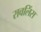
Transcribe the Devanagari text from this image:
रावलिंस